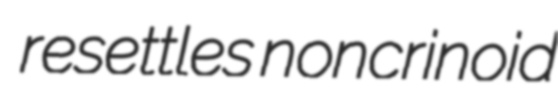
resettles noncrinoid